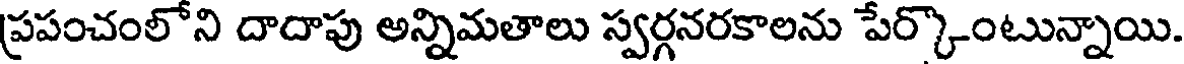
ప్రపంచంలోని దాదాపు అన్నిమతాలు స్వర్గనరకాలను పేర్కొంటున్నాయి.